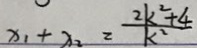
x _ { 1 } + x _ { 2 } = \frac { 2 k ^ { 2 } + 4 } { k ^ { 2 } }